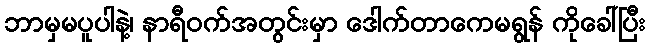
ဘာမှမပူပါနဲ့၊ နာရီဝက်အတွင်းမှာ ဒေါက်တာကေမရွန် ကိုခေါ်ပြီး